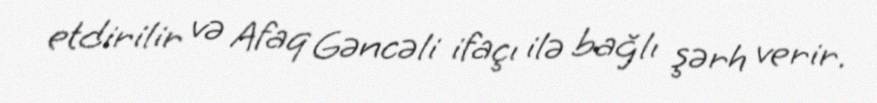
etdirilir və Afaq Gəncəli ifaçı ilə bağlı şərh verir.